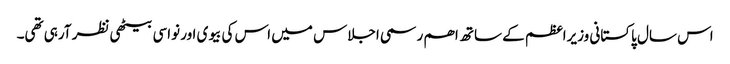
اس سال پاکستانی وزیراعظم کے ساتھ اھم رسمی اجلاس میں اس کی بیوی اور نواسی بیٹھی نظر آرہی تھی۔